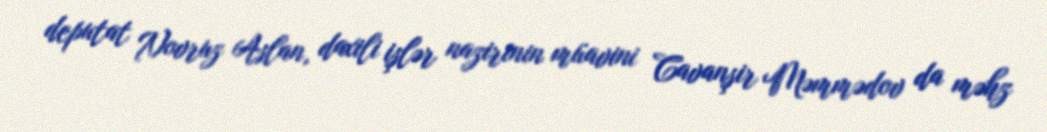
deputat Novruz Aslan, daxili işlər nazirinin müavini Cavanşir Məmmədov da məhz